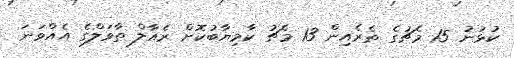
ކުޅުނު 15 މެޗުގެ ތެރެއިން 13 މެޗު ކާމިޔާބުކޮށް ރެއާލް ތާވަލްގެ އެއްވަނަ